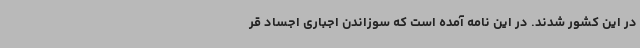
در این کشور شدند. در این نامه آمده است که سوزاندن اجباری اجساد قر